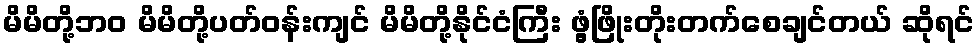
မိမိတို့ဘဝ မိမိတို့ပတ်ဝန်းကျင် မိမိတို့နိုင်ငံကြီး ဖွံ့ဖြိုးတိုးတက်စေချင်တယ် ဆိုရင်